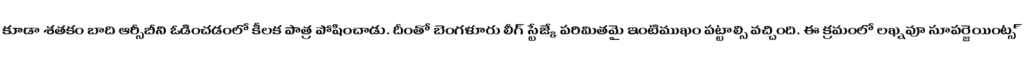
కూడా శతకం బాది ఆర్సీబీని ఓడించడంలో కీలక పాత్ర పోషించాడు. దీంతో బెంగళూరు లీగ్ స్టేజ్కే పరిమితమై ఇంటిముఖం పట్టాల్సి వచ్చింది. ఈ క్రమంలో లఖ్నవూ సూపర్జెయింట్స్